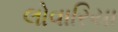
લોવારિયા